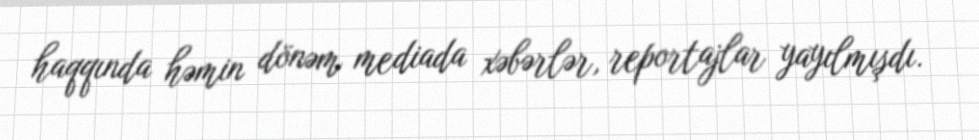
haqqında həmin dönəm mediada xəbərlər, reportajlar yayılmışdı.